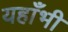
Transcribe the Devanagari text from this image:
यहाँभी